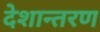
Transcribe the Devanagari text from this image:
देशान्तरण